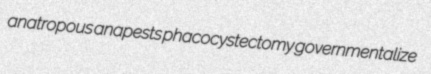
anatropous anapests phacocystectomy governmentalize